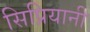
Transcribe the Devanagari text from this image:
सिप्रियानी